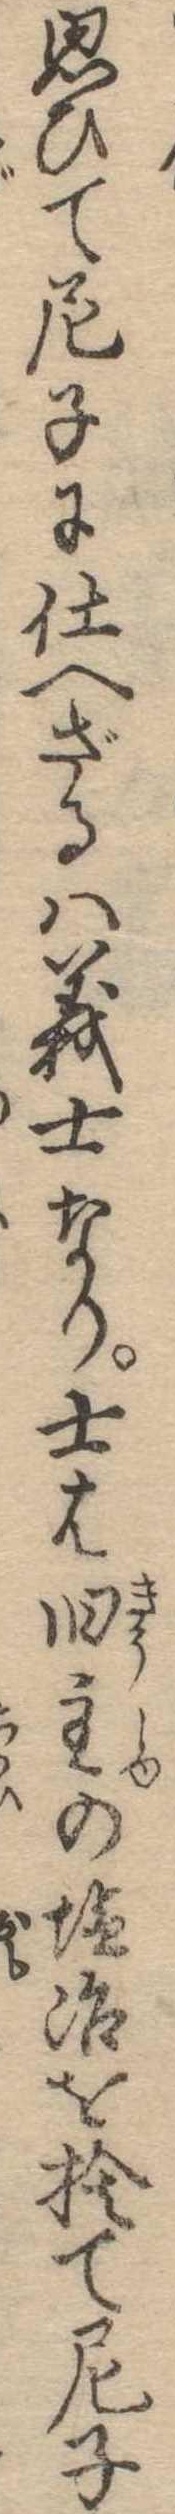
思ひて尼子に仕へざるは義士なり士は旧主の塩冶を捨て尼子